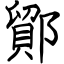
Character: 鄮